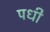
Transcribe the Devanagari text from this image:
पधी